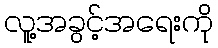
လူ့အခွင့်အရေးကို